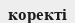
коректі